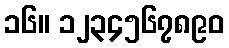
၁၆။ ၁၂၃၄၅၆၇၈၉၀